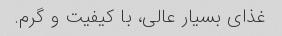
غذای بسیار عالی، با کیفیت و گرم.